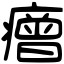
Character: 𤺧